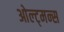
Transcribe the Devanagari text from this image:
ओल्ट्मन्स